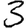
Digit: 3